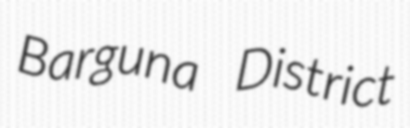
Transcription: Barguna District